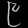
Digit: ၉